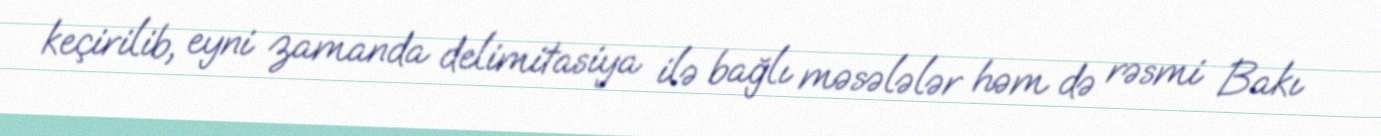
keçirilib, eyni zamanda delimitasiya ilə bağlı məsələlər həm də rəsmi Bakı